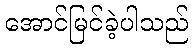
အောင်မြင်ခဲ့ပါသည်